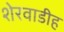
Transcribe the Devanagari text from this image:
शेरवाडीह